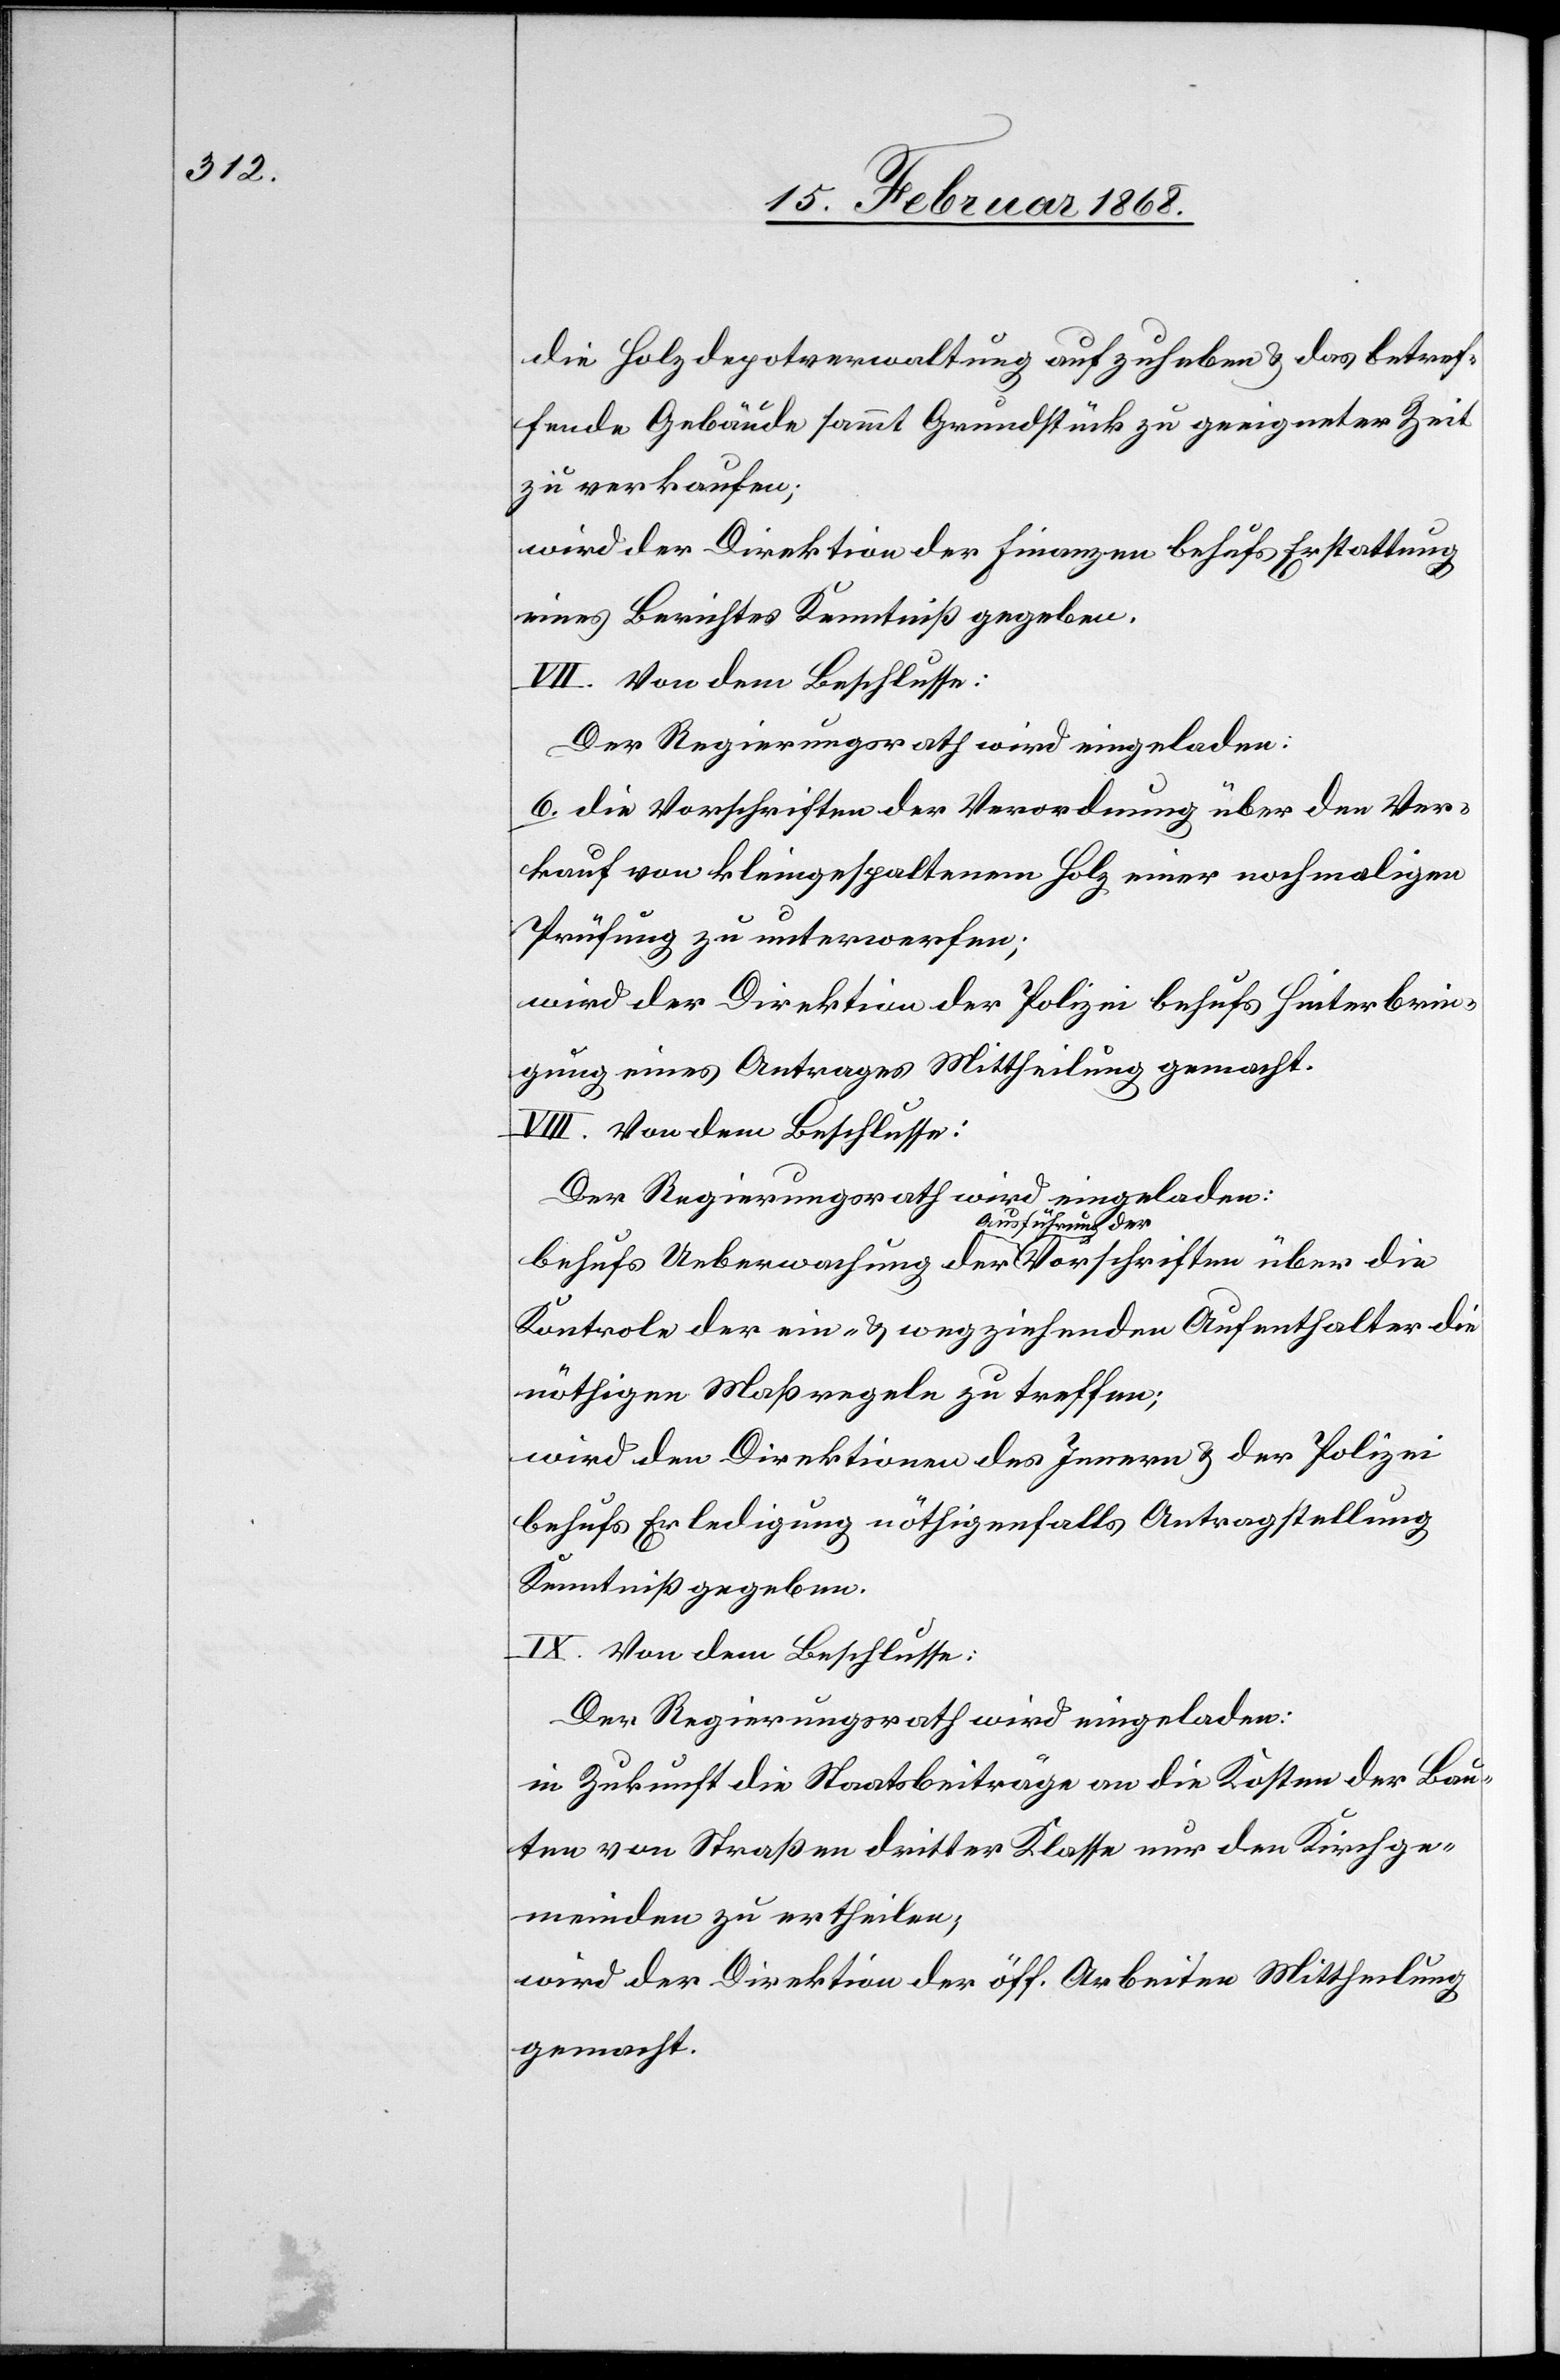
die Holzdepotverwaltung aufzuheben & das betref¬
fende Gebäude sammt Grundstück zu geeigneter Zeit
zu verkaufen;
wird der Direktion der Finanzen behufs Erstattung
eines Berichtes Kenntniß gegeben.
VII. Von dem Beschlusse:
Der Regierungsrath wird eingeladen:
6. die Vorschriften der Verordnung über den Ver¬
kauf von kleingespaltenem Holz einer nochmaligen
Prüfung zu unterwerfen;
wird der Direktion der Polizei behufs Hinterbrin¬
gung eines Antrages Mittheilung gemacht.
VIII. Von dem Beschlusse:
Der Regierungsrath wird eingeladen:
behufs Ueberwachung der Ausführung der Vorschriften über die
Kontrole der ein- & wegziehenden Aufenthalter die
nöthigen Maßregeln zu treffen;
wird den Direktionen des Innern & der Polizei
behufs Erledigung nöthigenfalls Antragstellung
Kenntniß gegeben.
IX. Von dem Beschlusse:
Der Regierungsrath wird eingeladen:
in Zukunft die Staatsbeiträge an die Kosten der Bau¬
ten von Straßen dritter Klasse nur den Kirchge¬
meinden zu ertheilen;
wird der Direktion der öff. Arbeiten Mittheilung
gemacht.